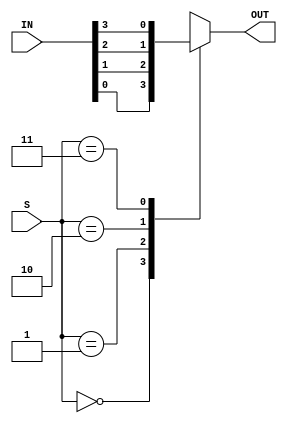
`timescale 1ns / 1ps

module MUX4(
    input [3:0] IN,
    input [1:0] S,
    output reg OUT
    );
    
    always@(IN or S)
    begin
        case(S)
        2'b00 : OUT = IN[0];
        2'b01 : OUT = IN[1];
        2'b10 : OUT = IN[2];
        2'b11 : OUT = IN[3];
        endcase 
    end
    
endmodule